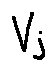
V j